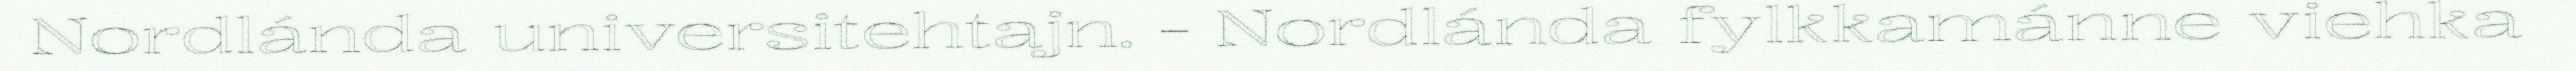
Nordlánda universitehtajn. - Nordlánda fylkkamánne viehka